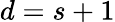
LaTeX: d=s+1